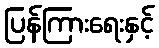
ပြန်ကြားရေးနှင့်